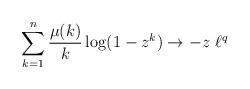
LaTeX: \begin{align*} \sum_{k=1}^n \frac{\mu(k)}{k} \log(1-z^k) \to -z \ \ell^q \end{align*}